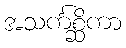
အသင်္ကစ္ဆိကာ